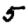
Digit: 5